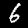
Label: 6